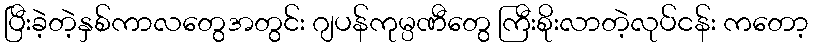
ပြီးခဲ့တဲ့နှစ်ကာလတွေအတွင်း ဂျပန်ကုမ္ပဏီတွေ ကြီးစိုးလာတဲ့လုပ်ငန်း ကတော့